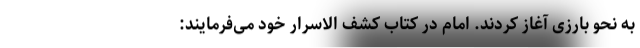
به نحو بارزی آغاز کردند. امام در کتاب کشف الاسرار خود می‌فرمایند: